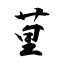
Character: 荲